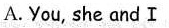
A. You, she and I